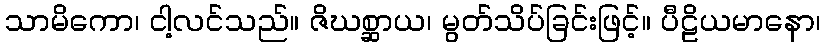
သာမိကော၊ ငါ့လင်သည်။ ဇိဃစ္ဆာယ၊ မွတ်သိပ်ခြင်းဖြင့်။ ပီဠိယမာနော၊